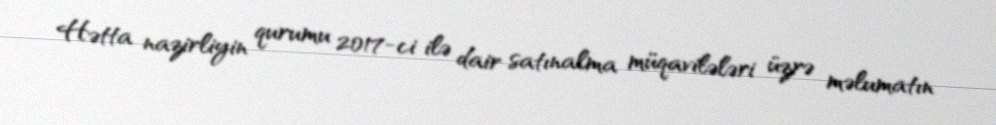
Hətta nazirliyin qurumu 2017-ci ilə dair satınalma müqavilələri üzrə məlumatın